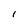
Character: l